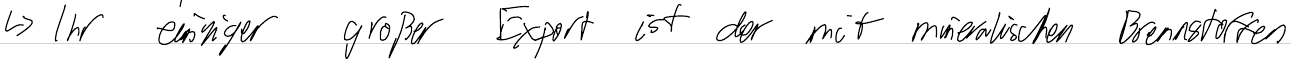
-> Ihr einziger großer Export ist der mit mineralischen Brennstoffen